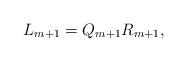
LaTeX: \begin{align*}L_{m + 1} = Q_{m+1}R_{m + 1},\end{align*}